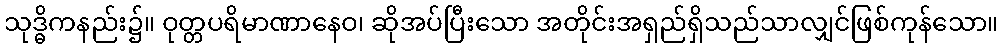
သုဒ္ဓိကနည်း၌။ ဝုတ္တပရိမာဏာနေဝ၊ ဆိုအပ်ပြီးသော အတိုင်းအရှည်ရှိသည်သာလျှင်ဖြစ်ကုန်သော။